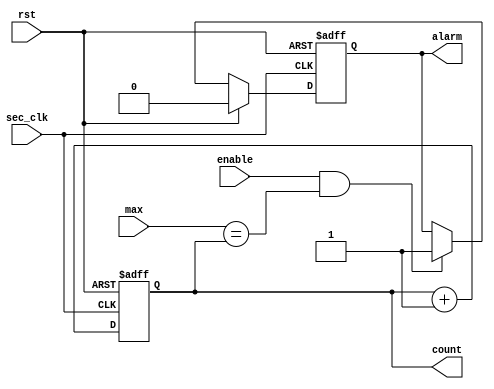
module alarm_fsm
  #(parameter             SIZE = 4)
 
  (input                 rst,
   input                 sec_clk,
   input                 enable,
	input  [SIZE-1:0]     max,
	output [SIZE-1:0]     count,
	output                alarm);
	
reg       [SIZE-1:0]  count_ff;
reg                   alarm_ff;
reg                   alarm_nxt;

assign count = count_ff;
assign alarm = alarm_ff;
	
always @ (*)
begin
  if (rst) begin
    alarm_nxt = 1'b0;
  end
  else if (enable && (max == count)) begin     
    alarm_nxt = 1'b1;
  end
  else 
    alarm_nxt = alarm_ff;  
end
	
always @ (posedge sec_clk or posedge rst)
  if (rst) begin
     count_ff <= {SIZE{1'b0}};
     alarm_ff <= 1'b0;
  end
  else begin
     count_ff <= count_ff + 1'b1;
     alarm_ff <= alarm_nxt;
  end
	 	
endmodule